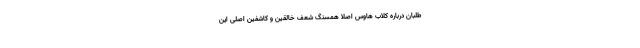
طلبان درباره کلاب هاوس اصلا همسنگ شَعَفِ خالقین و کاشفین اصلی این